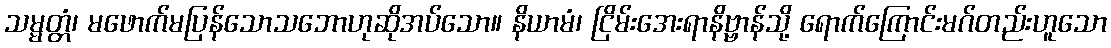
သမ္မတ္တံ၊ မဖောက်မပြန်သောသဘောဟုဆိုအပ်သော။ နိယာမံ၊ ငြိမ်းအေးရာနိဗ္ဗာန်သို့ ရောက်ကြောင်းမဂ်တည်းဟူသော